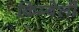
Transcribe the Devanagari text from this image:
किम्बेर्ली